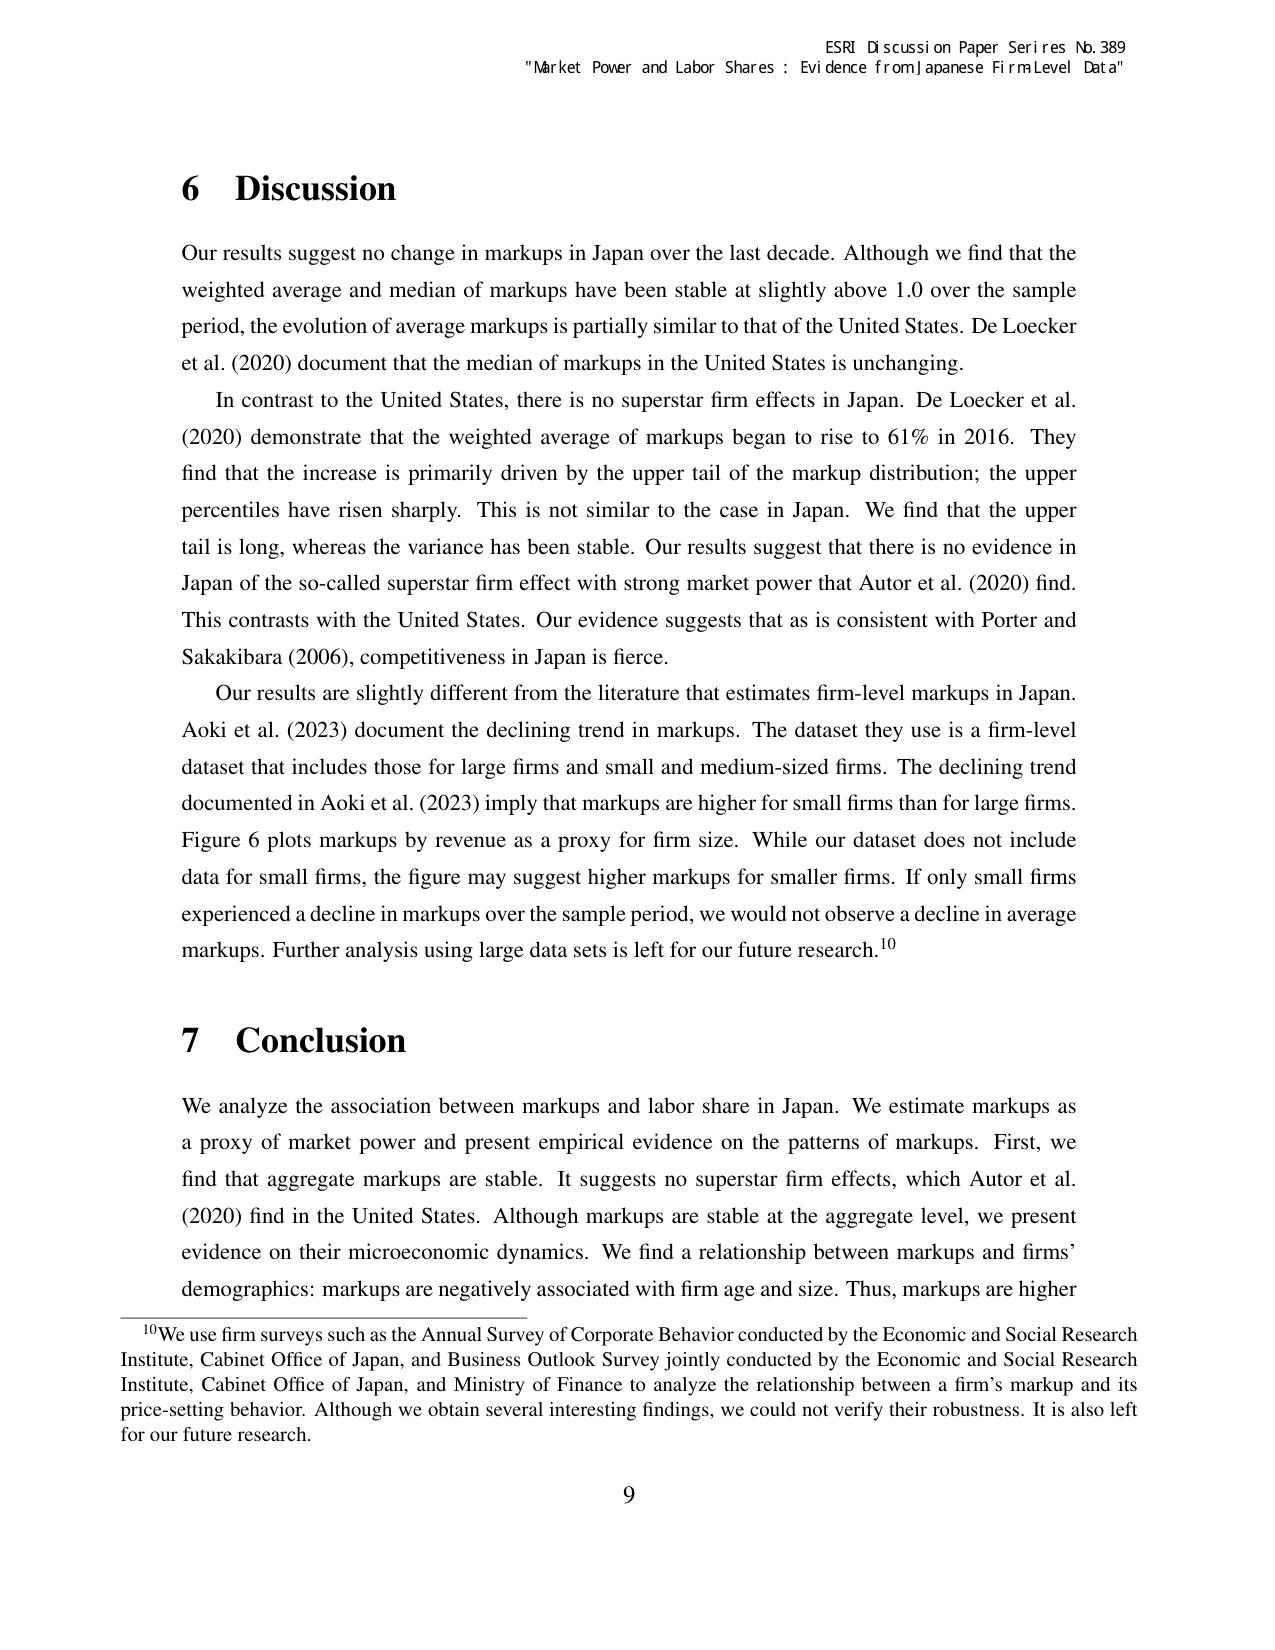
ESRI Discussion Paper Series No. 389
"Market Power and Labor Shares : Evidence from Japanese Firm Level Data"

6 Discussion

Our results suggest no change in markups in Japan over the last decade. Although we find that the weighted average and median of markups have been stable at slightly above 1.0 over the sample period, the evolution of average markups is partially similar to that of the United States. De Loecker et al. (2020) document that the median of markups in the United States is unchanging.

In contrast to the United States, there is no superstar firm effects in Japan. De Loecker et al. (2020) demonstrate that the weighted average of markups began to rise to 61% in 2016. They find that the increase is primarily driven by the upper tail of the markup distribution; the upper percentiles have risen sharply. This is not similar to the case in Japan. We find that the upper tail is long, whereas the variance has been stable. Our results suggest that there is no evidence in Japan of the so-called superstar firm effect with strong market power that Autor et al. (2020) find. This contrasts with the United States. Our evidence suggests that as is consistent with Porter and Sakakibara (2006), competitiveness in Japan is fierce.

Our results are slightly different from the literature that estimates firm-level markups in Japan. Aoki et al. (2023) document the declining trend in markups. The dataset they use is a firm-level dataset that includes those for large firms and small and medium-sized firms. The declining trend documented in Aoki et al. (2023) imply that markups are higher for small firms than for large firms. Figure 6 plots markups by revenue as a proxy for firm size. While our dataset does not include data for small firms, the figure may suggest higher markups for smaller firms. If only small firms experienced a decline in markups over the sample period, we would not observe a decline in average markups. Further analysis using large data sets is left for our future research.¹⁰

7 Conclusion

We analyze the association between markups and labor share in Japan. We estimate markups as a proxy of market power and present empirical evidence on the patterns of markups. First, we find that aggregate markups are stable. It suggests no superstar firm effects, which Autor et al. (2020) find in the United States. Although markups are stable at the aggregate level, we present evidence on their microeconomic dynamics. We find a relationship between markups and firms’ demographics: markups are negatively associated with firm age and size. Thus, markups are higher

¹⁰ We use firm surveys such as the Annual Survey of Corporate Behavior conducted by the Economic and Social Research Institute, Cabinet Office of Japan, and Business Outlook Survey jointly conducted by the Economic and Social Research Institute, Cabinet Office of Japan, and Ministry of Finance to analyze the relationship between a firm’s markup and its price-setting behavior. Although we obtain several interesting findings, we could not verify their robustness. It is also left for our future research.

9